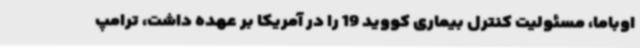
اوباما، مسئولیت کنترل بیماری کووید 19 را در آمریکا بر عهده داشت، ترامپ